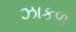
ઝાકળ